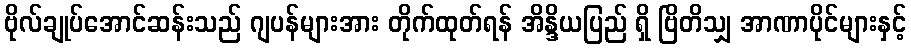
ဗိုလ်ချုပ်အောင်ဆန်းသည် ဂျပန်များအား တိုက်ထုတ်ရန် အိန္ဒိယပြည် ရှိ ဗြိတိသျှ အာဏာပိုင်များနှင့်